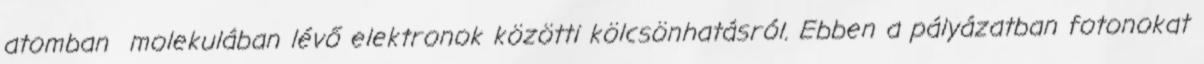
atomban molekulában lévő elektronok közötti kölcsönhatásról. Ebben a pályázatban fotonokat